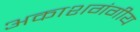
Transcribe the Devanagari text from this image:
अकाशगंगीय